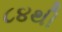
૮૪થી